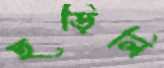
ছড়িলি